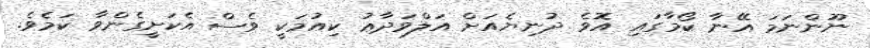
ނޫންނަމަ އޭނާ ކޯމާގައި އޮވެ ދުނިޔެއަށް އަލްވަދާޢު ކިއުމަކީ ވެސް އެކަށީގެންވާ ކަމެވެ.